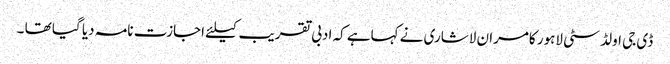
ڈی جی اولڈ سٹی لاہور کامران لاشاری نے کہاہے کہ ادبی تقریب کیلئے اجازت نامہ دیا گیا تھا ۔